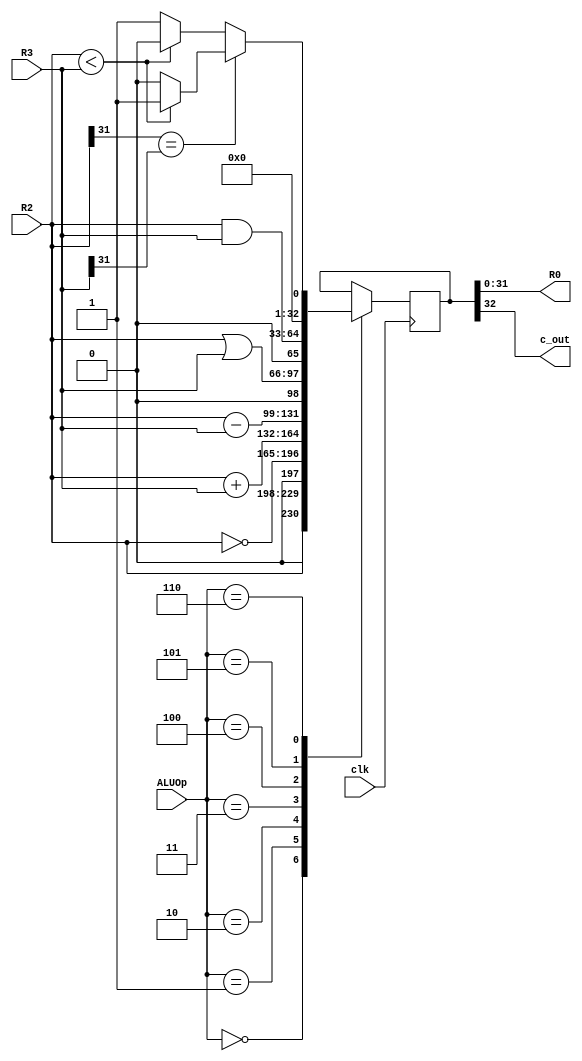
module Verification_ALU(output [W-1:0] R0,
			  output c_out,
			  input [2:0] ALUOp,
			  input [W-1:0] R2,
			  input [W-1:0] R3,
			  input clk);
			  
	parameter W = 32;
	
	reg [W:0] tmp_out;
	
	assign R0 = tmp_out[W-1:0];
	assign c_out = tmp_out[W];
	
	always@(posedge clk)
	begin
		case (ALUOp)
		3'd0	:	tmp_out <= {1'b0, R2};
		3'd1	:	tmp_out <= {1'b0, ~R2};
		3'd2	:	tmp_out <= R2 + R3;
		3'd3	:	tmp_out <= R2 - R3;
		3'd4	:	tmp_out <= {1'b0, R2 | R3};
		3'd5	:	tmp_out <= {1'b0, R2 & R3};
		3'd6	:	tmp_out <= {1'b0, (R2[W-1] == R3[W-1]) ? ((R2 < R3) ? 1 : 0) : ((R2 < R3) ? 0 : 1)};
		endcase
	end


endmodule